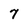
Character: 7